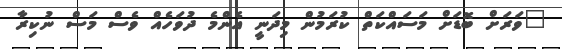
"ވަރަށް ބޮޑަށް މަސައްކަތް ކުރަމުން މިދަނީ އެންމެ ދުވަހެއް ވެސް މަސް ނުކިރާ